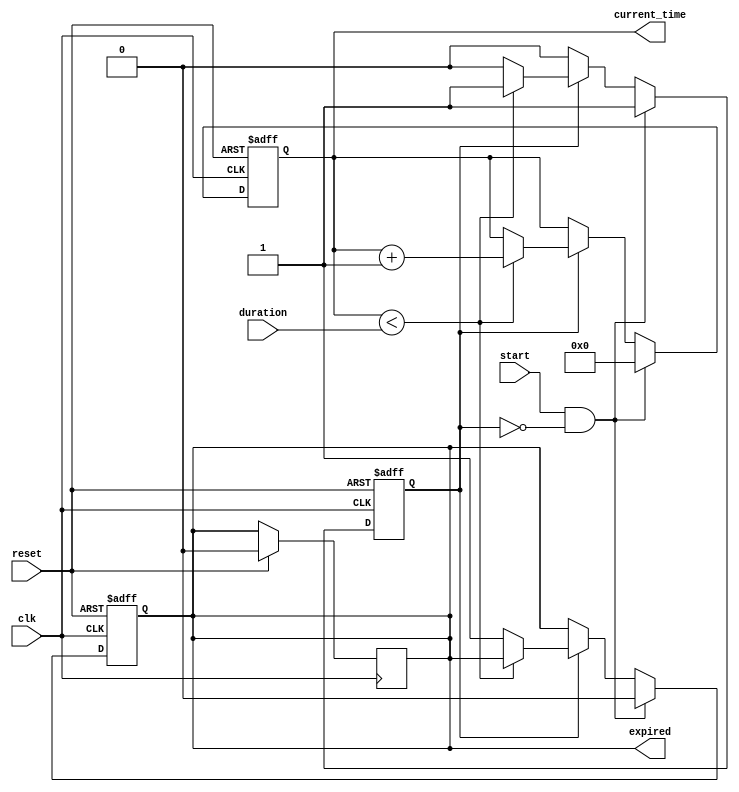
module TimerEventControl (
    input wire clk,            // Clock signal
    input wire start,         // Start signal
    input wire reset,         // Reset signal
    input wire [31:0] duration, // Time duration in clock cycles
    output reg expired,       // Timer expired signal
    output reg [31:0] current_time // Current time value
);

    // State declaration
    reg counting; // Indicates if the timer is currently counting

    // Sequential logic for timer operation
    always @(posedge clk or posedge reset) begin
        if (reset) begin
            // Reset the timer
            current_time <= 32'b0;
            expired <= 1'b0;
            counting <= 1'b0;
        end else if (start && !counting) begin
            // Start the timer if it's not already counting
            counting <= 1'b1;
            current_time <= 32'b0; // Initialize current time
            expired <= 1'b0; // Ensure expired is low
        end else if (counting) begin
            // Timer counting logic
            if (current_time < duration) begin
                current_time <= current_time + 1; // Increment current time
            end else begin
                expired <= 1'b1; // Timer has expired
                counting <= 1'b0; // Stop counting
            end
        end
    end

    // Optional: Logic to keep expired signal asserted until reset
    always @(posedge clk) begin
        if (reset) begin
            expired <= 1'b0; // Reset expired signal
        end
    end

endmodule